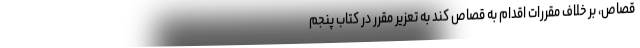
قصاص، بر خلاف مقررات اقدام به قصاص کند به تعزیر مقرر در کتاب پنجم